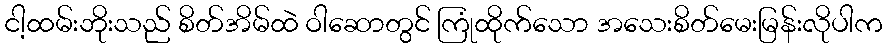
ငါ့ထမ်းဘိုးသည် စိတ်အိမ်ထဲ ဝါဆောတွင် ကြုံထိုက်သော အသေးစိတ်မေးမြန်းလိုပါက